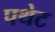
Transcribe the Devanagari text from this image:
पथेट